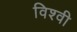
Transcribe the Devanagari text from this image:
विश्वी